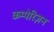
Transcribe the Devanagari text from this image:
कम्पेरिज़न